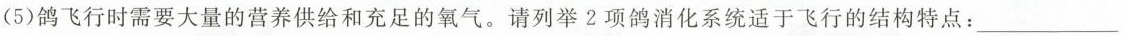
(5)鸽飞行时需要大量的营养供给和充足的氧气。请列举2项鸽消化系统适于飞行的结构特点：\underline